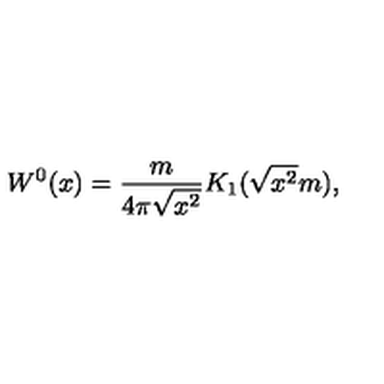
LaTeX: W ^ { 0 } ( x ) = { \frac { m } { 4 \pi \sqrt { x ^ { 2 } } } } K _ { 1 } ( \sqrt { x ^ { 2 } } m ) ,